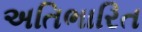
અતિભારિત